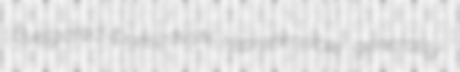
Byelgorod-Dnestrovski reprehensible generality